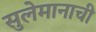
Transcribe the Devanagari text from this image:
सुलेमानाची